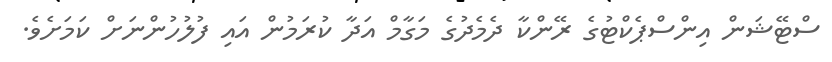
ސްޓޭޝަން އިންސްޕެކްޓުގެ ރޭންކާ ދެމެދުގެ މަގާމް އަދާ ކުރަމުން އައި ފުލުހުންނަށް ކަމަށެވެ.